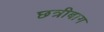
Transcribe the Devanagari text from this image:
छत्रीबाग